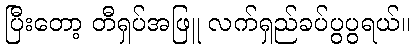
ပြီးတော့ တီရှပ်အဖြူ လက်ရှည်ခပ်ပွပွရယ်။